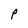
Character: P